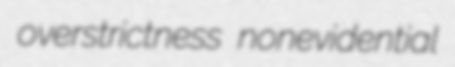
overstrictness nonevidential